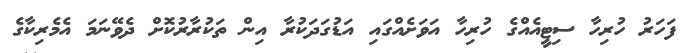
ފަހަރު ހުރިހާ ސިޓީއެއްގެ ހުރިހާ އަވަށެއްގައި އަޑުގަދަކުރާ އިން ތަކުރާރުކޮށް ދެވޭނަމަ އެމެރިކާގެ